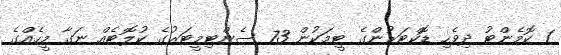
1 ކޮމެންޓު ދިވެހި ޑޮކްޓަރުންގެ ޓީމަކުން 73 ސެންޓިމީޓަރުގެ ކުލޮޓެއް ނަގާ މީހެއްގެ